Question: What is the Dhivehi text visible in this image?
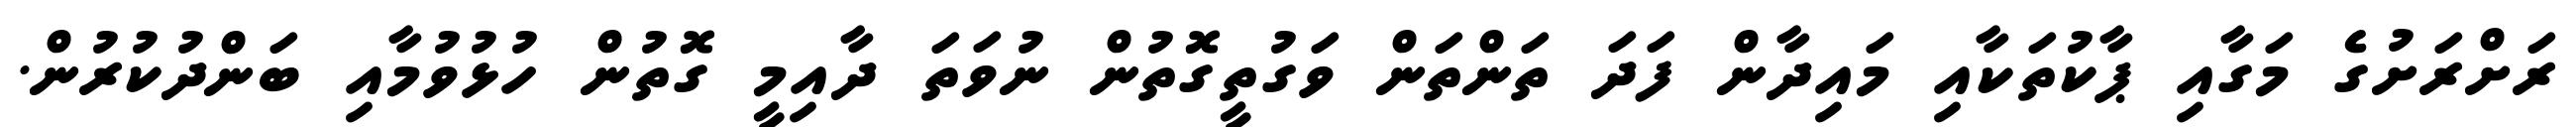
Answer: ރަށްރަށުގެ މަގާއި ޕާކުތަކާއި މައިދާން ފަދަ ތަންތަން ވަގުތީގޮތުން ނުވަތަ ދާއިމީ ގޮތުން ހުޅުވުމާއި ބަންދުކުރުން.